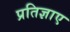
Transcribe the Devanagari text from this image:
प्रतिज्ञाए